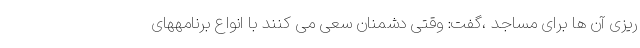
ریزی آن ها برای مساجد ،گفت: وقتی دشمنان سعی می کنند با انواع برنامههای